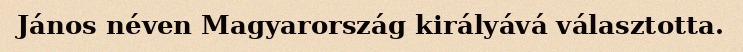
János néven Magyarország királyává választotta.